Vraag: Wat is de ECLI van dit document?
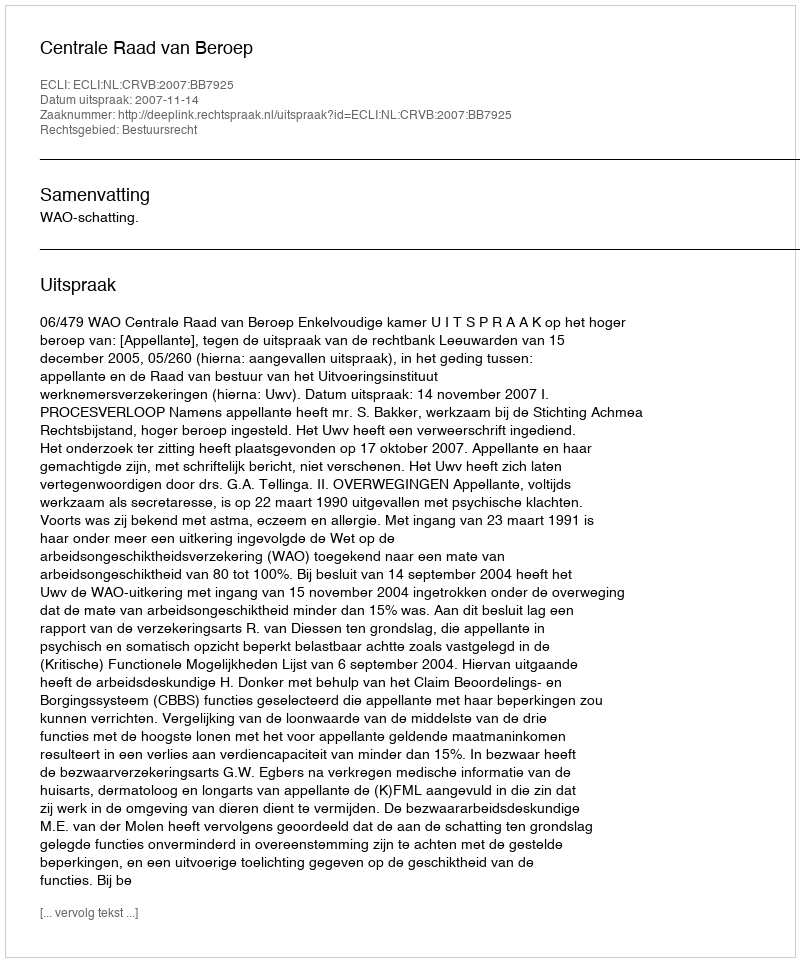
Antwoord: ECLI:NL:CRVB:2007:BB7925